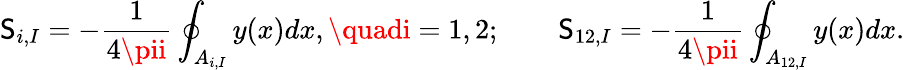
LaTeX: \mathsf{S}_{i,I}=-\frac{{1}}{{4\pii}}\oint_{A_{i,I}}y(x)dx,\quadi=1,2;\qquad\mathsf{S}_{12,I}=-\frac{{1}}{{4\pii}}\oint_{A_{12,I}}y(x)dx.